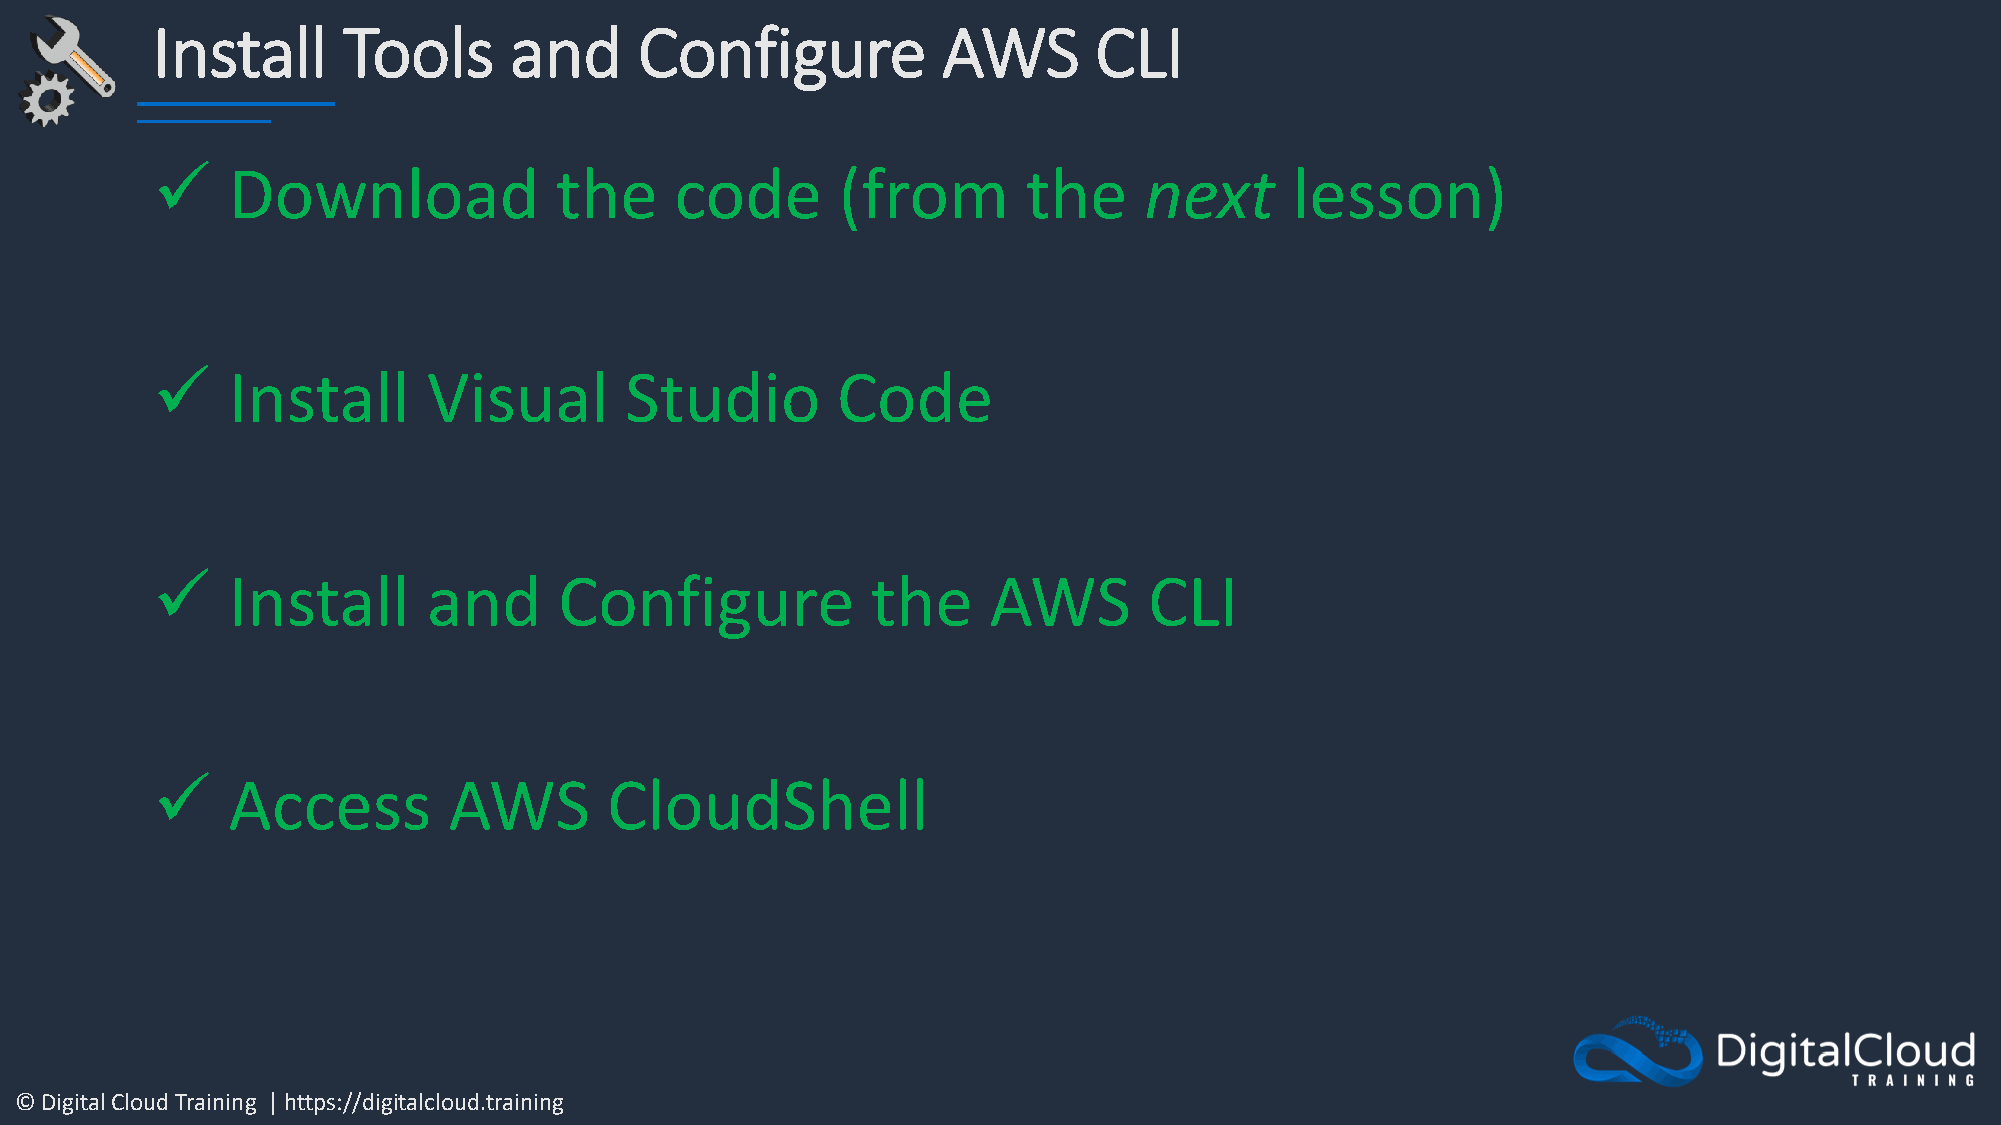
Install      Tools      and     Configure           AWS       CLI
 ✓    Download              the     code      (from        the     next     lesson)
 ✓    Install      Visual       Studio        Code
 ✓    Install      and      Configure            the    AWS        CLI
 ✓    Access         AWS       CloudShell
 © Digital Cloud Training | https://digitalcloud.training